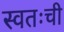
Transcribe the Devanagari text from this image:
स्वतःची